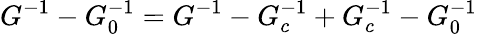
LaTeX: G^{-1}-G_{0}^{-1}=G^{-1}-G_{c}^{-1}+G_{c}^{-1}-G_{0}^{-1}